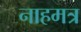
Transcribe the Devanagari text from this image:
नाहमत्र